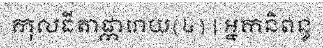
កុលធីតាផ្ការោយ(៤) | អ្នកនិពន្ធ